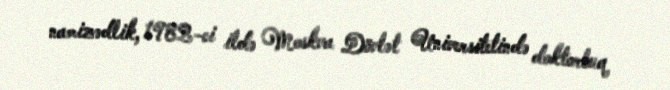
namizədlik, 1982-ci ildə Moskva Dövlət Universitetində doktorluq